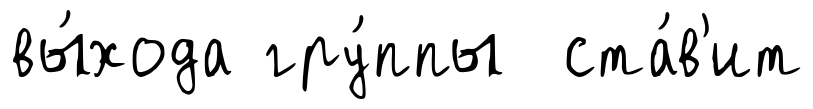
вы́хода гру́ппы ста́в'ит